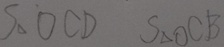
S _ { \Delta } O C D S _ { \Delta } O C B